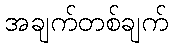
အချက်တစ်ချက်